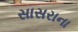
સાસરાના